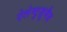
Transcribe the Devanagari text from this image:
ऐलेम्टुज़ुमैब